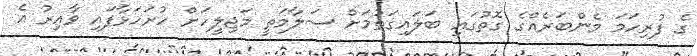
ގެ ފުރިހަމަ މެންބަރެއްގެ ގޮތުގައި ބަލައިގަތުމަށް ސަލާމަތީ މަޖިލީހަށް ހުށަހަޅާފައި ވާއިރު އެ